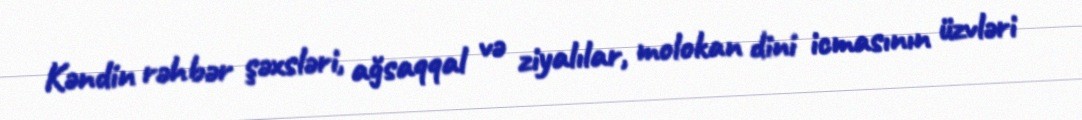
Kəndin rəhbər şəxsləri, ağsaqqal və ziyalılar, molokan dini icmasının üzvləri